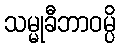
သမ္မုခီဘာဝမ္ပိ